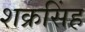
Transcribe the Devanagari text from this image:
शक्रसिंह